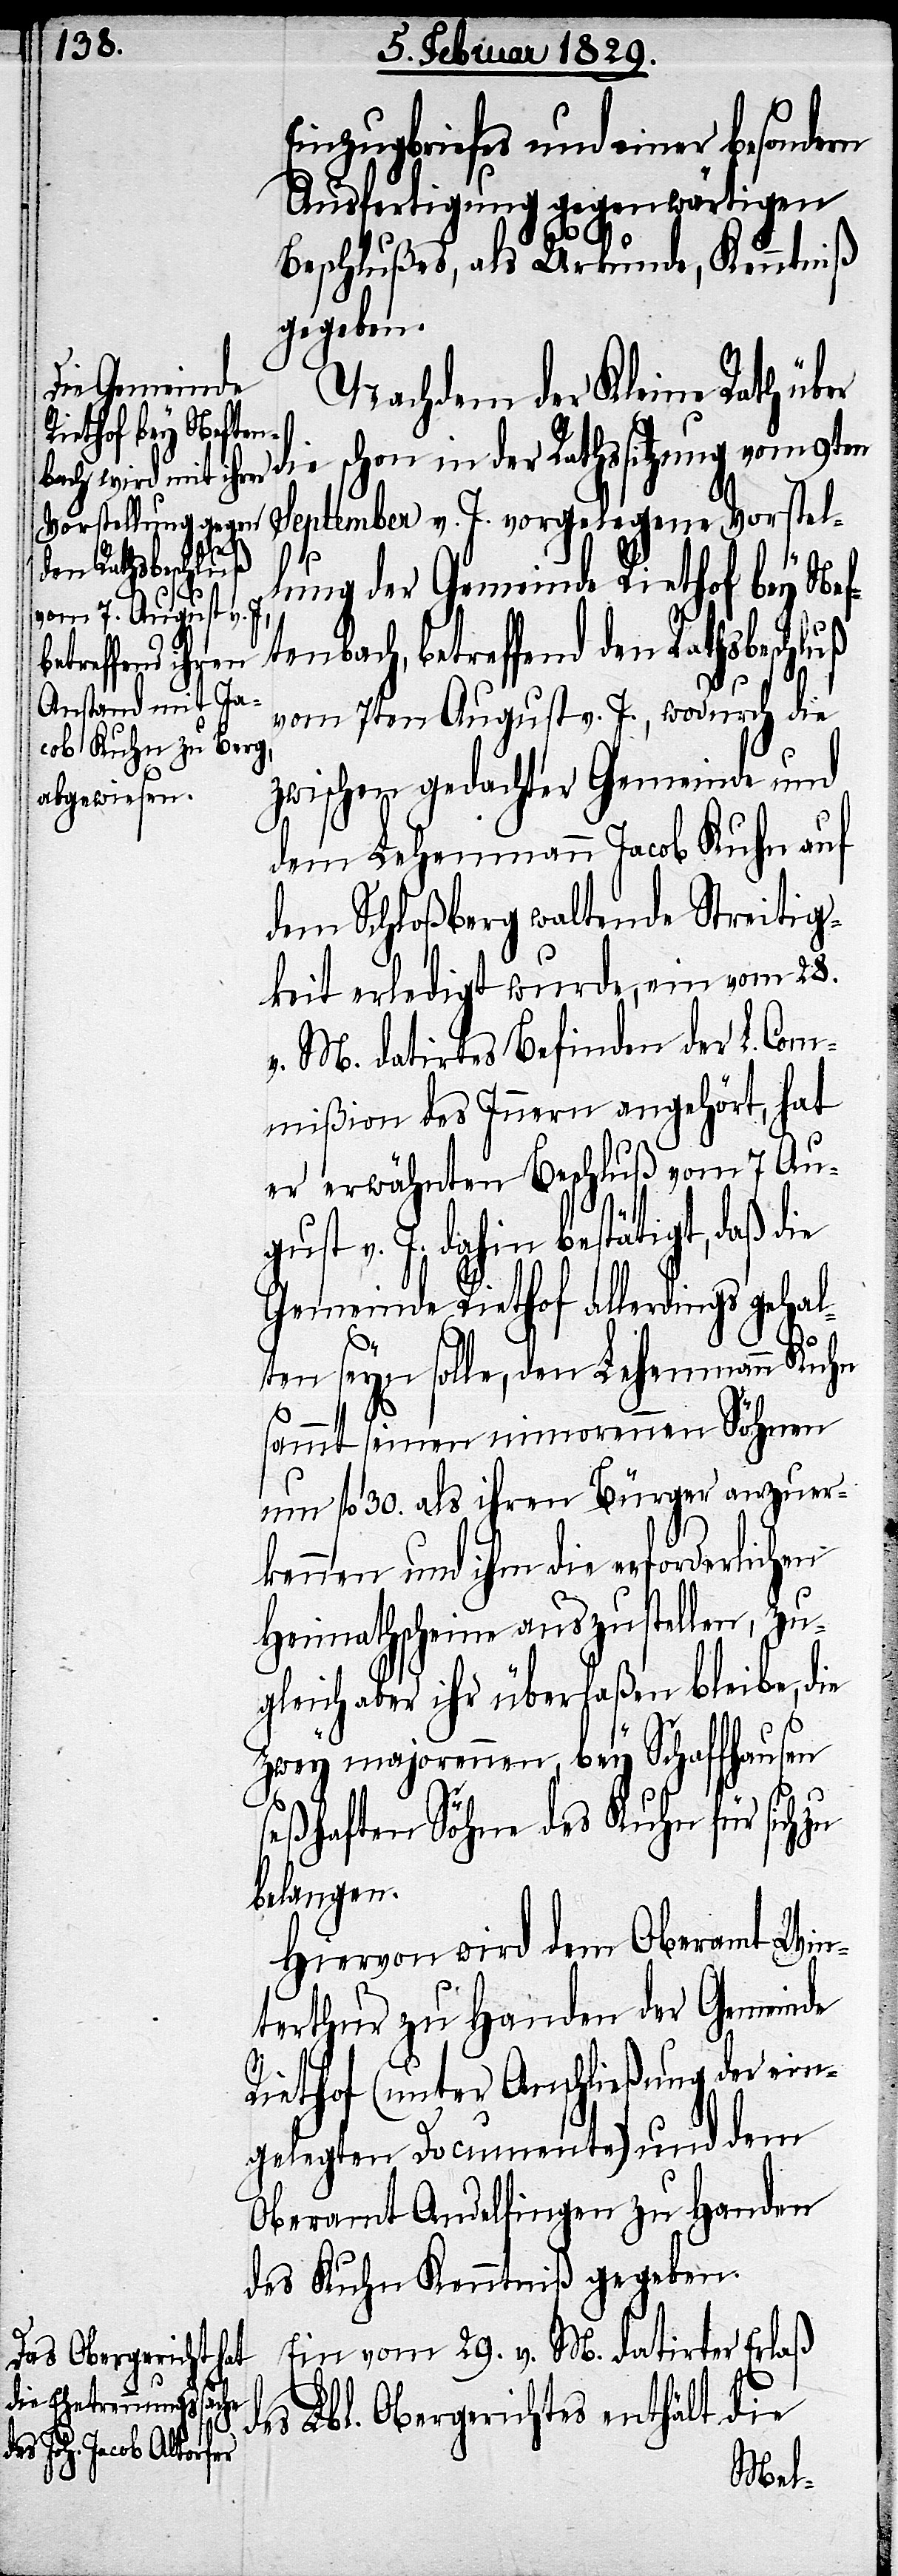
Einzugsbriefes und einer besondern
Ausfertigung gegenwärtigen
Beschlußes, als Urkunde, Kenntniß
gegeben.
Nachdem der Kleine Rath über
schon in der Rathssitzung vom 9ten
September v. J. vorgelegte Vorstel¬
lung der Gemeinde Riethof bey Nef¬
tenbach, betreffend den Rathsbeschluß
vom 7ten August v. J., wodurch die
zwischen gedachter Gemeinde und
dem Lehenmann Jacob Kuhn auf
dem Schloßberg waltende Streitig¬
keit erledigt wurde, ein vom 28.
v. M. datirtes Befinden der L. Com¬
mißion des Innern angehört, hat
er erwähnten Beschluß vom 7. Au¬
gust v. J. dahin bestätigt, daß die
Gemeinde Riethof allerdings gehal¬
ten seyn solle, den Lehemann Kuhn
sammt seinen minorennen Söhnen
um fl. 30. als ihren Bürger anzuer¬
kennen und ihm die erforderlichen
Heimathscheine auszustellen, zu¬
gleich aber ihr überlaßen bleibe, die
zwey majorennen, bey Schaffhausen
seßhaften Söhne des Kuhn für sich
belangen.
Hiervon wird dem Oberamt Win¬
terthur zu Handen der Gemeinde
Riethof (unter Anschließung der ein¬
gelegten Documente) und dem
Oberamt Andelfingen zu Handen
des Kuhn Kenntniß gegeben.
Ein vom 29. v. M. datirter Erlaß
Lbl. Obergerichtes enthält die